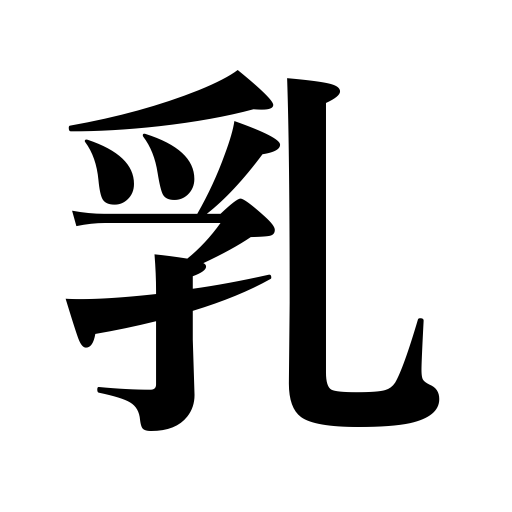
Meanings: loop,the breasts,milk